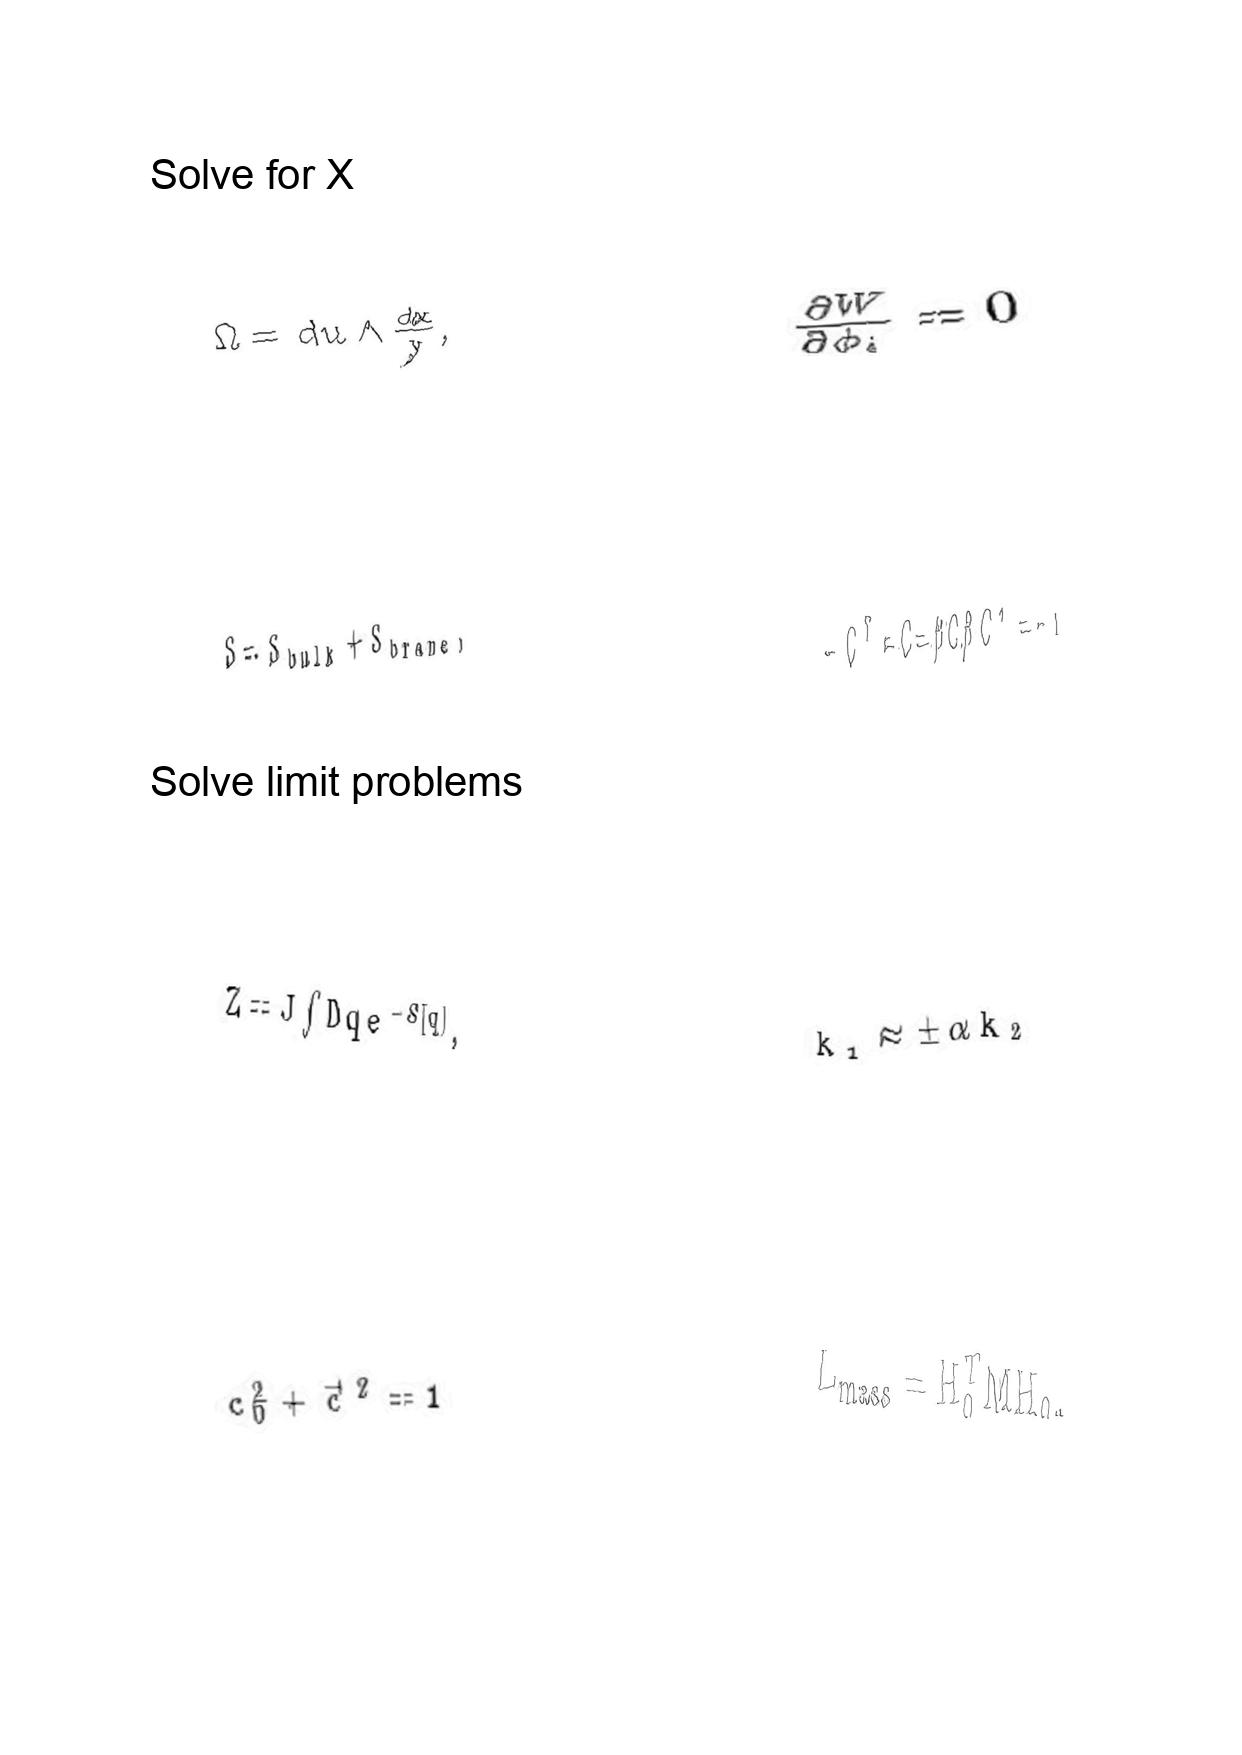
LaTeX transcription:
\Omega = d u \wedge \frac { d x } { y } ,
S = S _ { b u l k } + S _ { b r a n e } ,
Z = J \int D q e ^ { - S \lbrack q \rbrack } ,
c _ { 0 } ^ { 2 } + \vec { c } ^ { 2 } = 1
\frac { \partial W } { \partial \phi _ { i } } = 0
- C ^ { T } = C = \beta C \beta C ^ { 2 } = - 1
k _ { 1 } \approx \pm \alpha k _ { 2 }
L _ { m a s s } = H _ { 0 } ^ { T } M H _ { 0 } ,